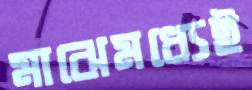
মাঝেমধ্যেই